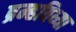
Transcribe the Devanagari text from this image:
ब्रम्हविध्या